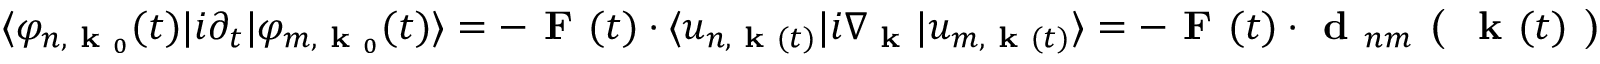
\langle \varphi _ { n , \textbf { k } _ { 0 } } ( t ) | i \partial _ { t } \lvert \varphi _ { m , \textbf { k } _ { 0 } } ( t ) \rangle = - \textbf { F } ( t ) \cdot \langle u _ { n , \textbf { k } ( t ) } | i \nabla _ { \textbf { k } } | u _ { m , \textbf { k } ( t ) } \rangle = - \textbf { F } ( t ) \cdot \textbf { d } _ { n m } \textbf { ( } \textbf { k } ( t ) \textbf { ) }